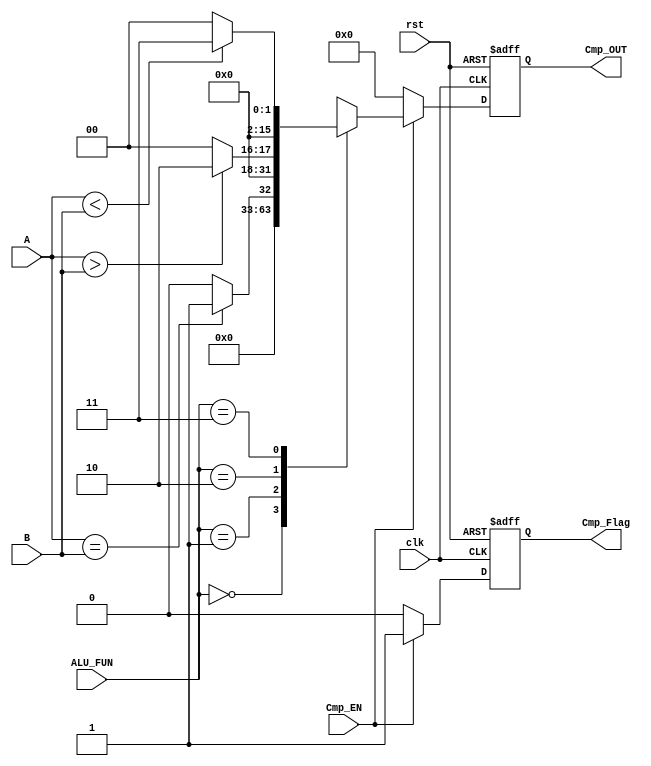
module Cmp_block #(parameter IN_DATA_WIDTH = 16 ) //parameter decleration
(
  input wire [IN_DATA_WIDTH-1:0] A,
  input wire [IN_DATA_WIDTH-1:0] B,
  input wire [1:0] ALU_FUN,
  input wire Cmp_EN,
  input wire clk,rst,
  output reg [IN_DATA_WIDTH-1:0] Cmp_OUT,
  output reg Cmp_Flag
);

//variable decleration
reg [IN_DATA_WIDTH-1:0] cmp_out_comb;
reg Cmp_Flag_comb;


//sequential block
always@(posedge clk or negedge rst)
begin
  if(!rst)
    begin
      Cmp_OUT <= 0;
      Cmp_Flag <= 0;
    end
  else
    begin
      Cmp_OUT <= cmp_out_comb;
      Cmp_Flag <= Cmp_Flag_comb;  
    end
end

//combintional block
always@(*)
begin
  Cmp_Flag_comb = 0;
  if(Cmp_EN)
    begin
      Cmp_Flag_comb = 1'b1;
      case(ALU_FUN)
        2'b00: cmp_out_comb = 0;
        2'b01: cmp_out_comb = (A == B)?1:0;
        2'b10: cmp_out_comb = (A > B)?2:0;
        2'b11: cmp_out_comb = (A < B)?3:0;
        default: cmp_out_comb = 0;
      endcase
    end
  else
    begin
      cmp_out_comb = 0;
    end
end
endmodule